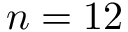
n = 1 2